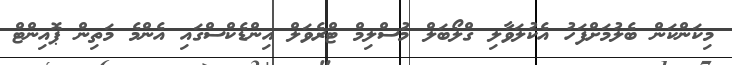
މިކަންކަން ބެލުމަށްފަހު އެކުލަވާލި ގްލޯބަލް މުސްލިމް ޓްރެވަލް އިންޑެކްސްގައި އެންމެ މަތިން ޕޮއިންޓް